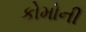
કોમોની